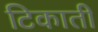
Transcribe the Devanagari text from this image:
टिकाती